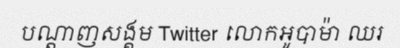
បណ្តាញសង្គម Twitter លោកអូបាម៉ា ឈរ